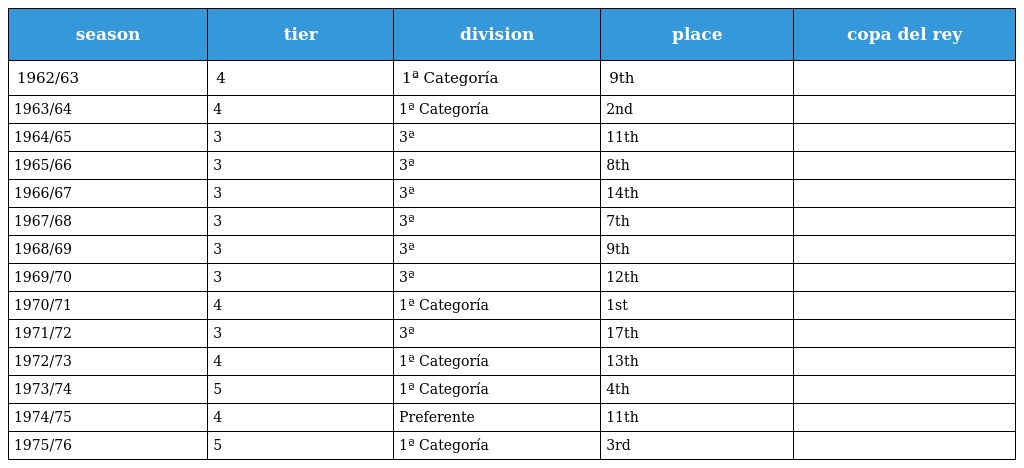
| season | tier | division | place | copa del rey |
 | --- | --- | --- | --- | --- |
 | 1962/63 | 4 | 1ª Categoría | 9th |  |
 | 1963/64 | 4 | 1ª Categoría | 2nd |  |
 | 1964/65 | 3 | 3ª | 11th |  |
 | 1965/66 | 3 | 3ª | 8th |  |
 | 1966/67 | 3 | 3ª | 14th |  |
 | 1967/68 | 3 | 3ª | 7th |  |
 | 1968/69 | 3 | 3ª | 9th |  |
 | 1969/70 | 3 | 3ª | 12th |  |
 | 1970/71 | 4 | 1ª Categoría | 1st |  |
 | 1971/72 | 3 | 3ª | 17th |  |
 | 1972/73 | 4 | 1ª Categoría | 13th |  |
 | 1973/74 | 5 | 1ª Categoría | 4th |  |
 | 1974/75 | 4 | Preferente | 11th |  |
 | 1975/76 | 5 | 1ª Categoría | 3rd |  |